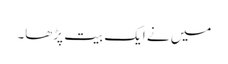
میں نے ایک بیت پڑھا۔